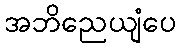
အဘိညေယျံပေ